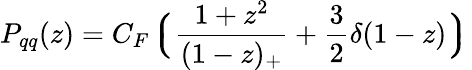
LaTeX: P_{qq}(z)=C_{F}{\Big\lgroup}{\frac{1+z^{2}}{(1-z)_{+}}}+{\frac{3}{2}}\delta(1-z){\Big\rgroup}